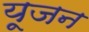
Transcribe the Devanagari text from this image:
यूजन